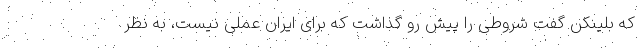
که بلینکن گفت شروطی را پیش رو گذاشت که برای ایران عملی نیست، به نظر